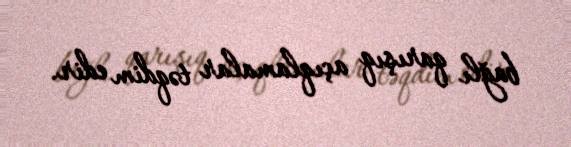
bağlı qarışıq açıqlamalar təqdim edir.